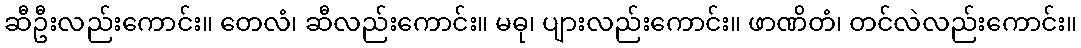
ဆီဦးလည်းကောင်း။ တေလံ၊ ဆီလည်းကောင်း။ မဓု၊ ပျားလည်းကောင်း။ ဖာဏိတံ၊ တင်လဲလည်းကောင်း။